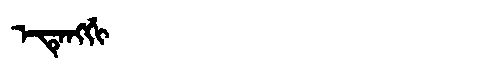
Manchu: ᡝᡨᡝᠩᡤᡳ
Romanization: ETENGGI